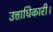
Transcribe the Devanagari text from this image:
उत्ताधिकारी।